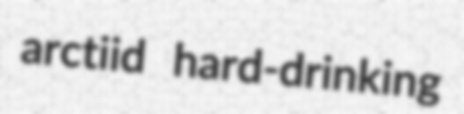
arctiid hard-drinking